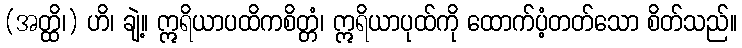
(အတ္ထိ၊) ဟိ၊ ချဲ့။ ဣရိယာပထိကစိတ္တံ၊ ဣရိယာပုထ်ကို ထောက်ပံ့တတ်သော စိတ်သည်။